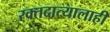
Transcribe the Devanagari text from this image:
रक्तदात्यालाही